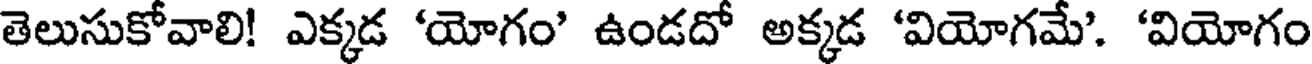
తెలుసుకోవాలి! ఎక్కడ 'యోగం' ఉండదో అక్కడ 'వియోగమే'. 'వియోగం